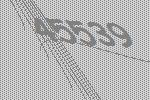
45539